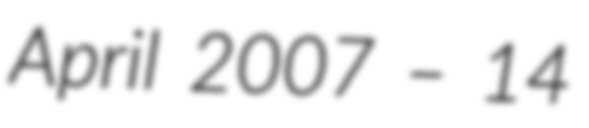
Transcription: April 2007 – 14